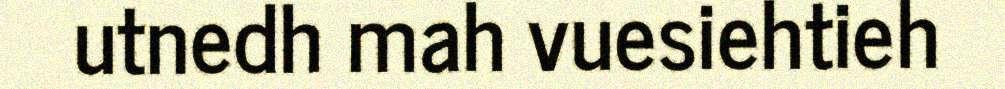
utnedh mah vuesiehtieh